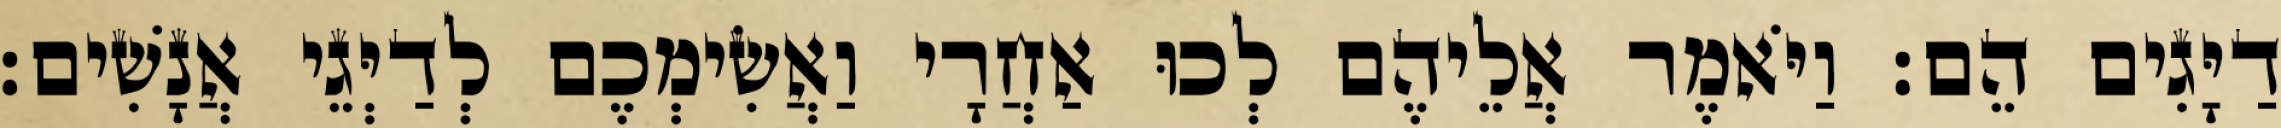
דַיָּגִים הֵם׃ וַיֹּאמֶר אֲלֵיהֶם לְכוּ אַחֲרָי וַאֲשִׂימְכֶם לְדַיְּגֵי אֲנָשִׁים׃